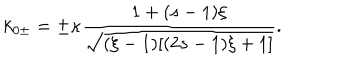
k _ { 0 \pm } = \pm \kappa \frac { 1 + ( s - 1 ) \xi } { \sqrt { ( \xi - 1 ) [ ( 2 s - 1 ) \xi + 1 ] } } .